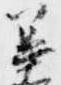
篳